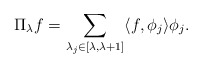
\begin{align*}\Pi_\lambda f = \sum_{\lambda_j \in [\lambda, \lambda +1 ]} \langle f , \phi_j \rangle \phi_j.\end{align*}